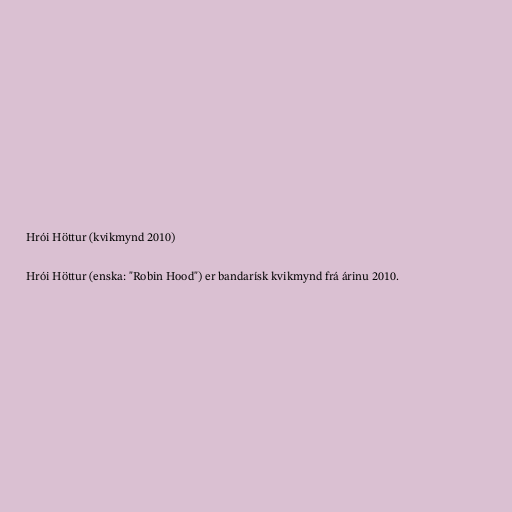
Hrói Höttur (kvikmynd 2010)

Hrói Höttur (enska: "Robin Hood") er bandarísk kvikmynd frá árinu 2010.